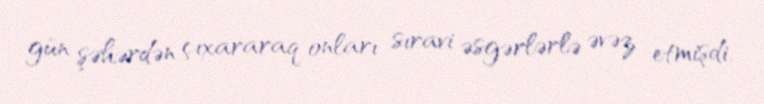
gün şəhərdən çıxararaq onları sıravi əsgərlərlə əvəz etmişdi.